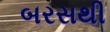
બરસથી